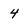
Character: 4